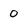
Character: 0